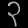
Digit: ၃